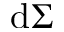
\mathrm { d } \Sigma